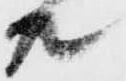
共